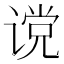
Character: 谠